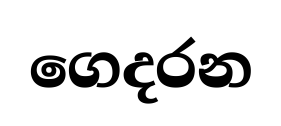
ගෙදරන